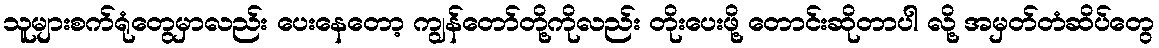
သူများစက်ရုံတွေမှာလည်း ပေးနေတော့ ကျွန်တော်တို့ကိုလည်း တိုးပေးဖို့ တောင်းဆိုတာပါ လို့ အမှတ်တံဆိပ်တွေ